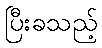
ပြီးခသည့်